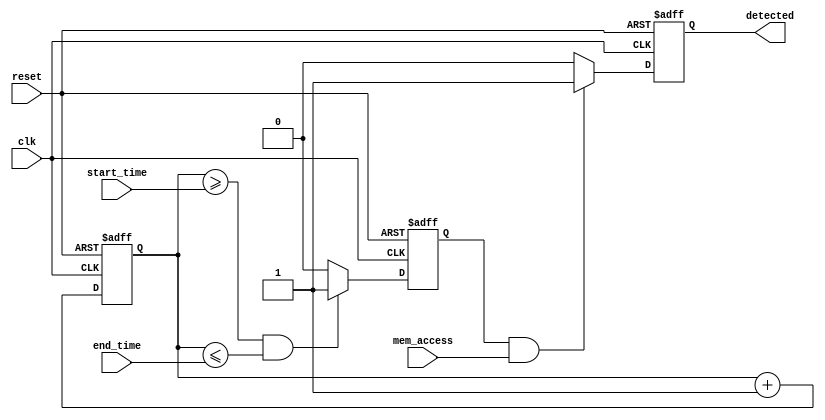
module MemoryBlocksTimeWindowDetector (
    input wire clk,                // Clock signal
    input wire reset,              // Asynchronous reset signal
    input wire mem_access,         // Memory access signal (read/write)
    input wire [7:0] start_time,   // Start time of the window
    input wire [7:0] end_time,     // End time of the window
    output reg detected            // Output signal indicating detection
);

    reg [7:0] time_counter;        // Time counter to track current time
    reg in_time_window;             // Flag to indicate if current time is within the window

    // Asynchronous reset and time counter logic
    always @(posedge clk or posedge reset) begin
        if (reset) begin
            time_counter <= 8'b0;    // Reset time counter
            detected <= 1'b0;        // Reset detected signal
            in_time_window <= 1'b0;  // Reset in time window flag
        end else begin
            // Increment time counter
            time_counter <= time_counter + 1;

            // Check if current time is within the defined time window
            if (time_counter >= start_time && time_counter <= end_time) begin
                in_time_window <= 1'b1;
            end else begin
                in_time_window <= 1'b0;
            end

            // Detection logic
            if (in_time_window && mem_access) begin
                detected <= 1'b1;        // Assert detected if in time window and memory access occurs
            end else begin
                detected <= 1'b0;        // Deassert detected otherwise
            end
        end
    end

endmodule